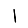
Digit: 1